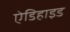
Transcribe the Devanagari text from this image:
ऐडिहाइड